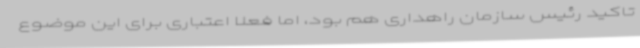
تاکید رئیس سازمان راهداری هم بود، اما فعلا اعتباری برای این موضوع